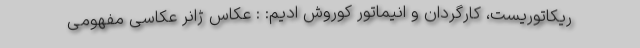
ریکاتوریست، کارگردان و انیماتور کوروش ادیم: : عکاس ژانر عکاسی مفهومی